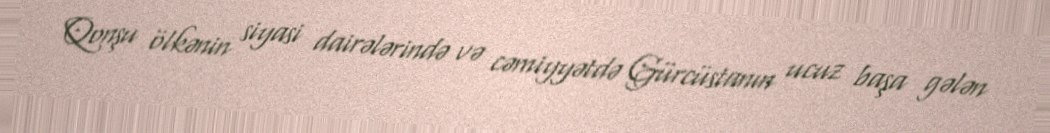
Qonşu ölkənin siyasi dairələrində və cəmiyyətdə Gürcüstanın ucuz başa gələn